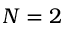
N = 2